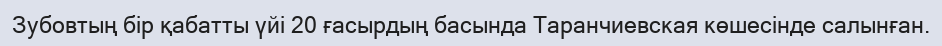
Зубовтың бір қабатты үйі 20 ғасырдың басында Таранчиевская көшесінде салынған.